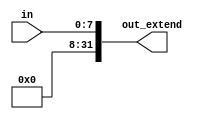
module ZERO_EXT #(
    parameter   INPUT_WIDTH=8,
                OUTPUT_WIDTH=32
)(
input	wire	[INPUT_WIDTH-1:0]		in,
output	wire	[OUTPUT_WIDTH-1:0]		out_extend

);


localparam width = OUTPUT_WIDTH - INPUT_WIDTH;


assign out_extend [INPUT_WIDTH-1:0] = in;
assign out_extend [OUTPUT_WIDTH-1:INPUT_WIDTH] = {width{1'b0}};


endmodule